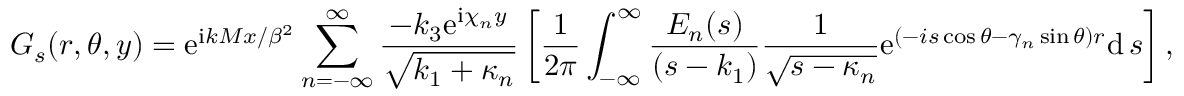
G _ { s } ( r , \theta , y ) = \mathrm { e } ^ { \mathrm { i } k M x / \beta ^ { 2 } } \sum _ { n = - \infty } ^ { \infty } \frac { - k _ { 3 } \mathrm { e } ^ { \mathrm { i } \chi _ { n } y } } { \sqrt { k _ { 1 } + \kappa _ { n } } } \left[ \frac { 1 } { 2 \pi } \int _ { - \infty } ^ { \infty } \frac { E _ { n } ( s ) } { ( s - k _ { 1 } ) } \frac { 1 } { \sqrt { s - \kappa _ { n } } } \mathrm { e } ^ { ( - i s \cos \theta - \gamma _ { n } \sin \theta ) r } \mathrm { d } \, s \right] ,